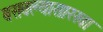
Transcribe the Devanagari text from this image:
बसवल्यासारखा